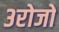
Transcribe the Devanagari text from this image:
३रोजों